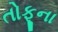
તોફૂના